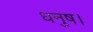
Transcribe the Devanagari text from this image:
धनुष।